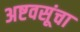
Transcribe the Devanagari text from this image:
अष्टवसूंचा